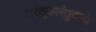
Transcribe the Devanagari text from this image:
तरंतुकारंतुकयो